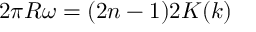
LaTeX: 2 \pi R \omega = ( 2 n - 1 ) 2 K ( k )